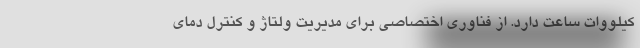
کیلووات ساعت دارد. از فناوری اختصاصی برای مدیریت ولتاژ و کنترل دمای